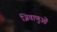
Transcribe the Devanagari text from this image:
जिवाणुओं